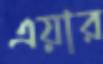
এয়ার